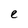
Character: e